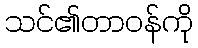
သင်၏တာဝန်ကို